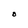
Character: O